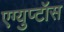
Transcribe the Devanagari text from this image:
एग्युप्टॉस